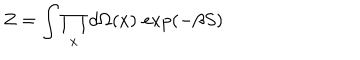
LaTeX: Z = \int \prod _ { x } d \Omega ( x ) \, \exp ( - \beta S )